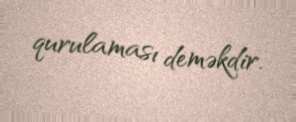
qurulaması deməkdir.